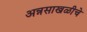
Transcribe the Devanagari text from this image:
अन्नसाखळीचे